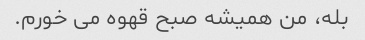
بله، من همیشه صبح قهوه می خورم.